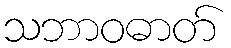
သဘာဝဓာတ်